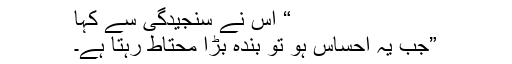
“ اس نے سنجیدگی سے کہا
”جب یہ احساس ہو تو بندہ بڑا محتاط رہتا ہے۔